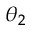
\theta _ { 2 }